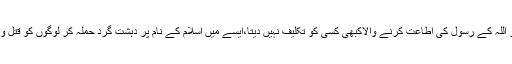
اللہ سے محبت کرنے والا اور اللہ کے رسولؐ کی اطاعت کرنے والاکبھی کسی کو تکلیف نہیں دیتا،ایسے میں اسلام کے نام پر دہشت گرد حملہ کر لوگوں کو قتل و غارت ایک منظم سازش ہے۔